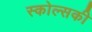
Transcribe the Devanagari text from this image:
स्कोल्सकी